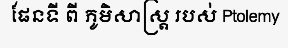
ផែនទី ពី ភូមិសាស្ត្រ របស់ Ptolemy